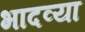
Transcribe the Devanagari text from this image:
भादव्या